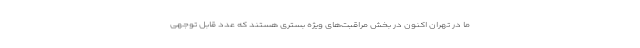
ما در تهران اکنون در بخش مراقبت‌های ویژه بستری هستند که عدد قابل توجهی